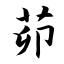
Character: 茆